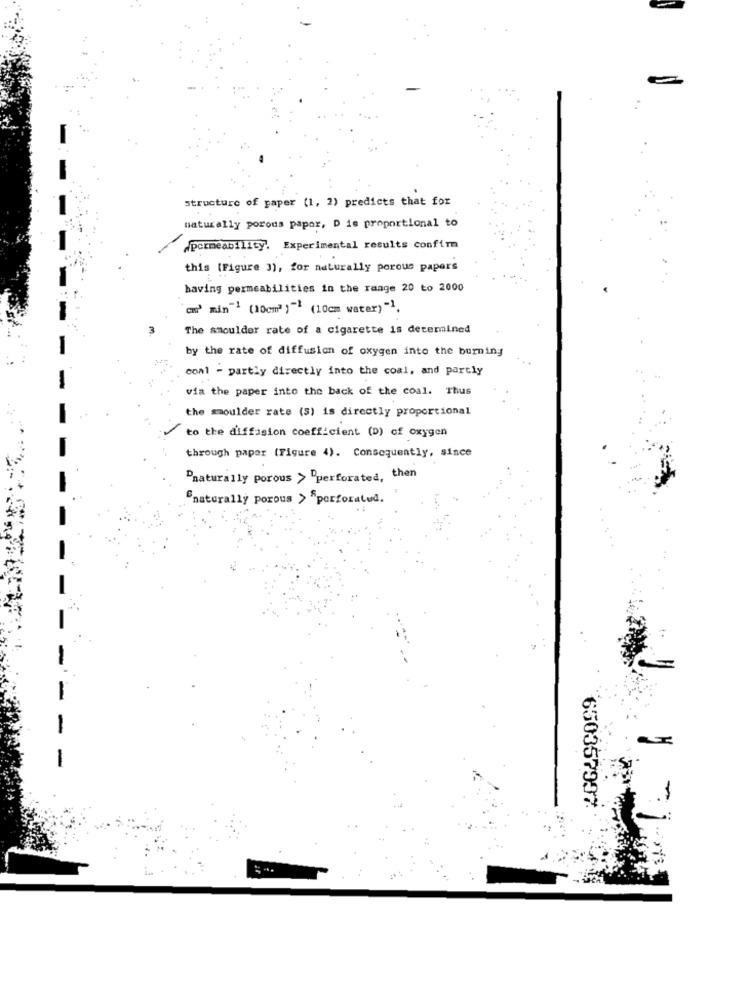
structure of paper (1, 2) predicts that for
naturally porous papor, D is proportional to
.Permeability. Experimental results confirm
.
this (Figure 3), for naturally porous papers
having permeabilities in the range 20 to 2000
em3 min"1 (10cm3 )-1 (10cm water) "1,
The shoulder rate of a cigarette is determined
by the rate of diffusion of oxygen into the burning
conl - partly directly into the coal, and partly
via the paper into the back of the coal. Thus
the smoulder rate (5) is directly proportional
to the diffusion coefficient (D) of oxygen
through paper (Figure 4). Consequently, since
Pnaturally porous > "perforated, then
Snaturally porous > Sperforated.
-
650357997